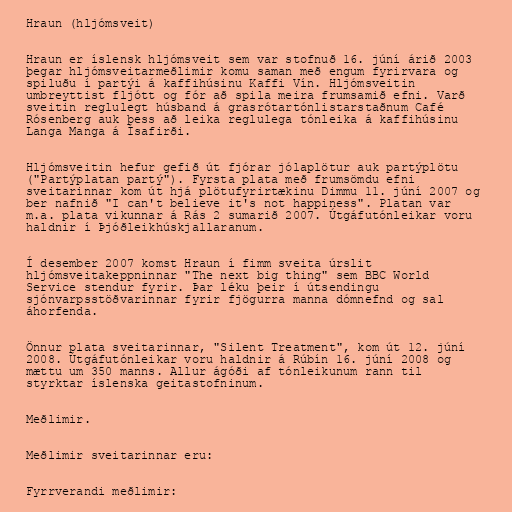
Hraun (hljómsveit)

Hraun er íslensk hljómsveit sem var stofnuð 16. júní árið 2003
þegar hljómsveitarmeðlimir komu saman með engum fyrirvara og
spiluðu í partýi á kaffihúsinu Kaffi Vín. Hljómsveitin
umbreyttist fljótt og fór að spila meira frumsamið efni. Varð
sveitin reglulegt húsband á grasrótartónlistarstaðnum Café
Rósenberg auk þess að leika reglulega tónleika á kaffihúsinu
Langa Manga á Ísafirði.

Hljómsveitin hefur gefið út fjórar jólaplötur auk partýplötu
("Partýplatan partý"). Fyrsta plata með frumsömdu efni
sveitarinnar kom út hjá plötufyrirtækinu Dimmu 11. júní 2007 og
ber nafnið "I can't believe it's not happiness". Platan var
m.a. plata vikunnar á Rás 2 sumarið 2007. Útgáfutónleikar voru
haldnir í Þjóðleikhúskjallaranum.

Í desember 2007 komst Hraun í fimm sveita úrslit
hljómsveitakeppninnar "The next big thing" sem BBC World
Service stendur fyrir. Þar léku þeir í útsendingu
sjónvarpsstöðvarinnar fyrir fjögurra manna dómnefnd og sal
áhorfenda.

Önnur plata sveitarinnar, "Silent Treatment", kom út 12. júní
2008. Útgáfutónleikar voru haldnir á Rúbín 16. júní 2008 og
mættu um 350 manns. Allur ágóði af tónleikunum rann til
styrktar íslenska geitastofninum.

Meðlimir.

Meðlimir sveitarinnar eru:

Fyrrverandi meðlimir: